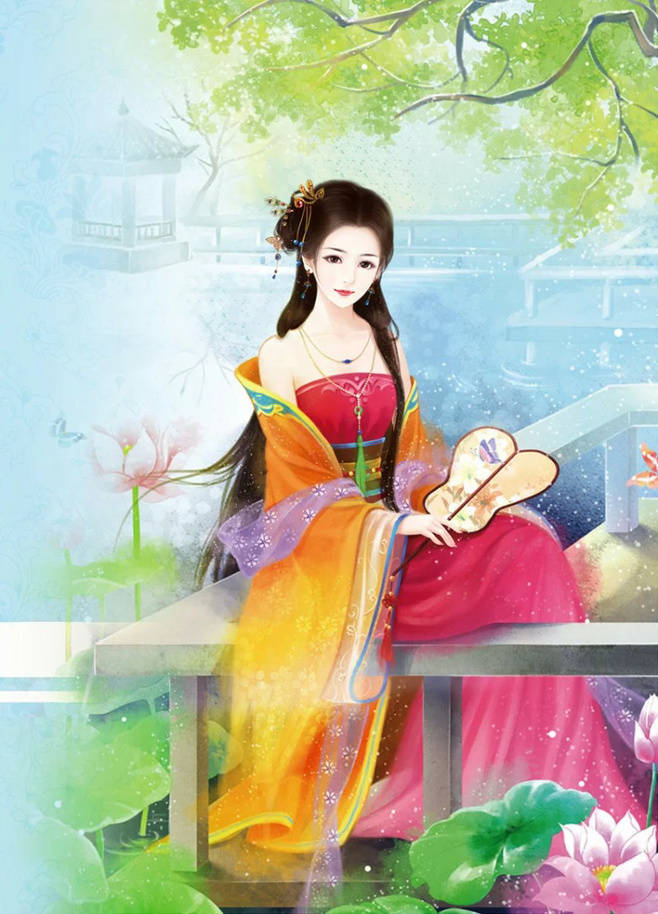
亭亭画舸系春潭，直到行人酒半酣。